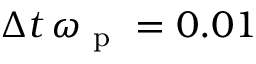
\Delta t \, \omega _ { \mathrm { ~ p ~ } } = 0 . 0 1